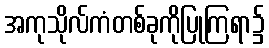
အကုသိုလ်ကံတစ်ခုကိုပြုကြရာ၌